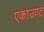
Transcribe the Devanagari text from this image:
एकाउण्ट